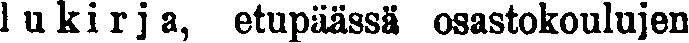
lukirja, etupäässä osastokoulujen